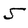
Character: 5